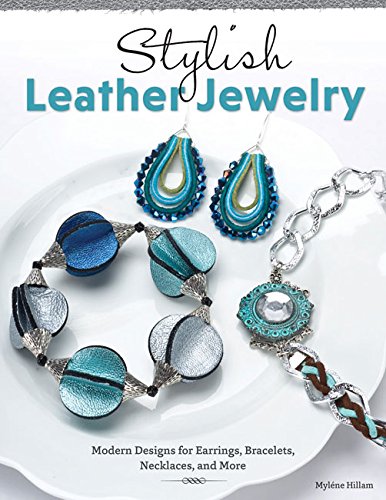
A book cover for Stylish Leather Jewelry: Modern Designs for Earrings, Bracelets, Necklaces, and More; Mylene Hillam; Crafts, Hobbies & Home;